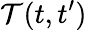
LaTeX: \mathcal{T}(t,t^{\prime})